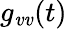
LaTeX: g_{\mathit{v}\mathit{v}}(t)